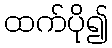
ထက်ပို၍